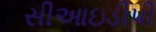
સીઆઇડીપી